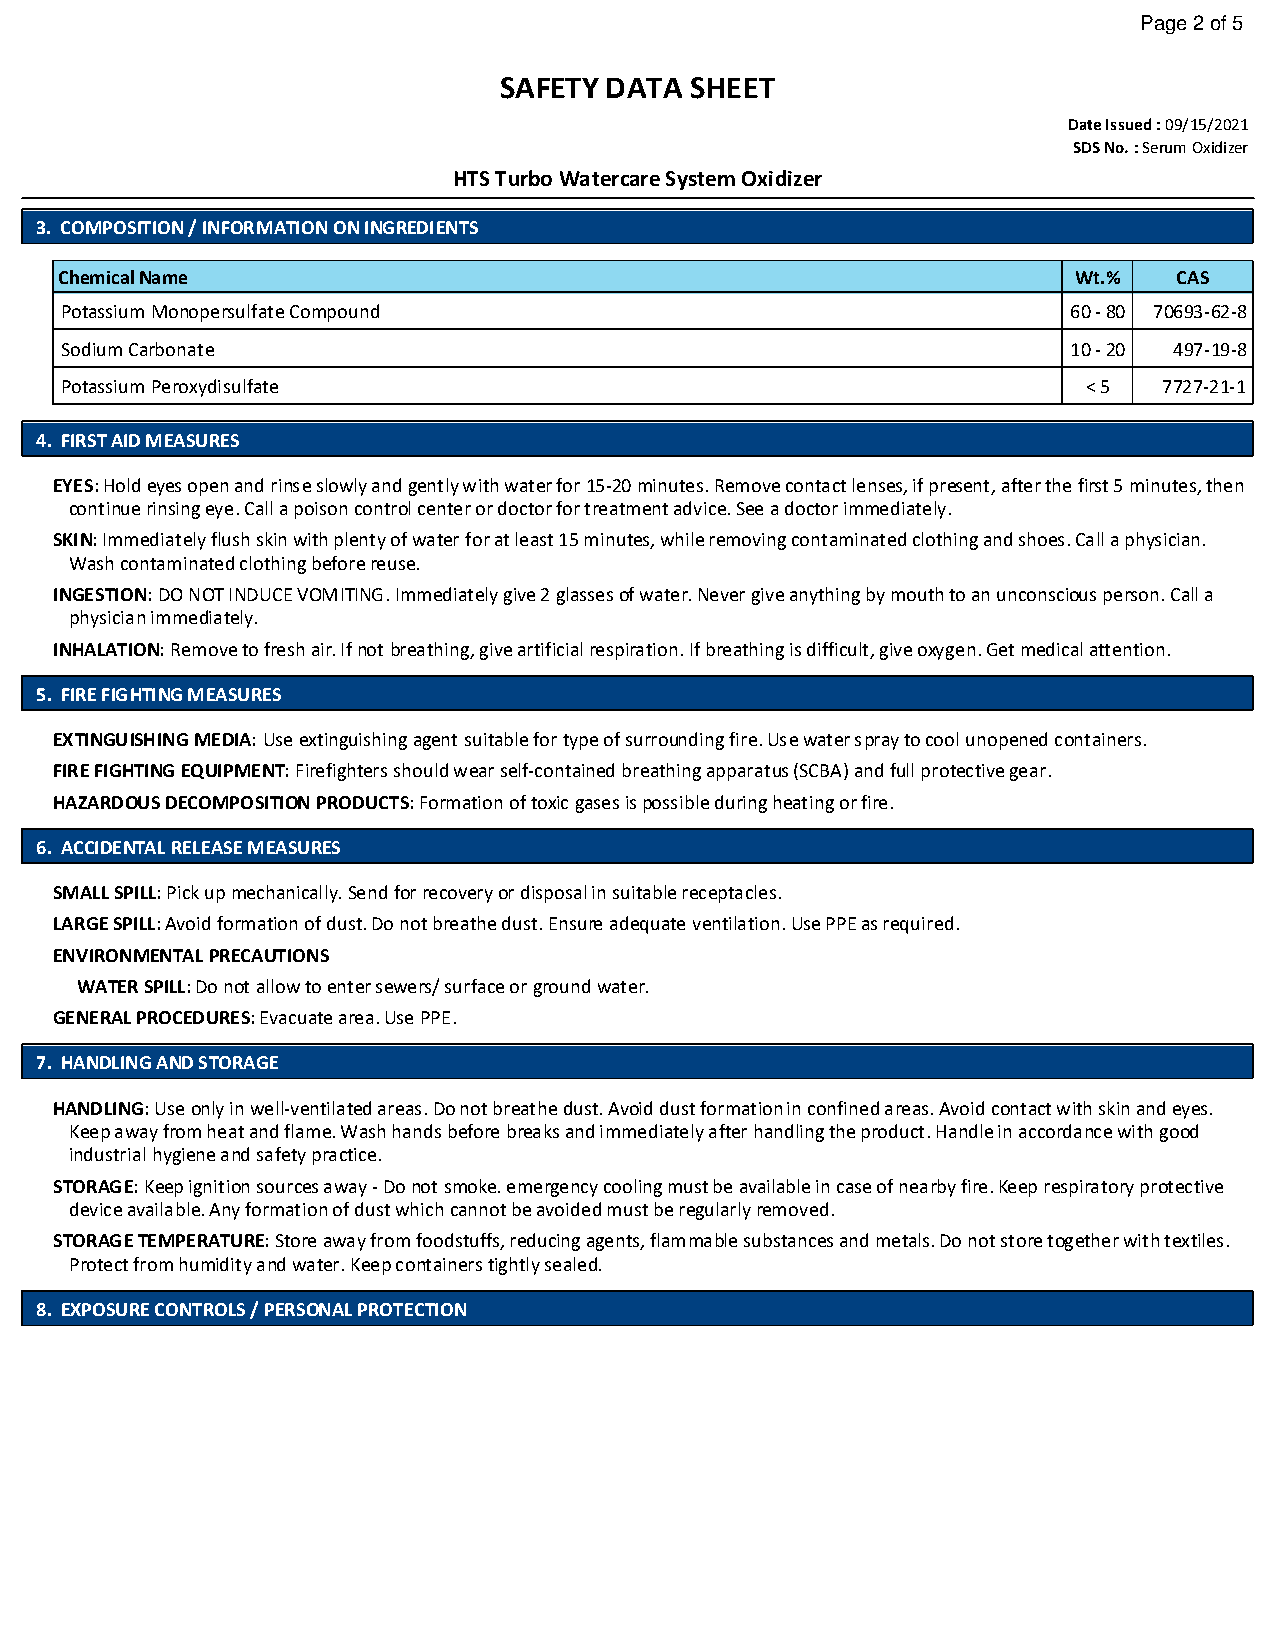
Page 2 of 5
 SAFETY DATA  SHEET
 Date Issued : 09/15/2021
 SDS No. : Serum Oxidizer
 HTS Turbo Watercare System Oxidizer
 3. COMPOSITION / INFORMATION ON INGREDIENTS
 Chemical Name                                                      Wt.%   CAS
 Potassium Monopersulfate Compound                                  60 - 80 70693-62-8
 Sodium Carbonate                                                   10 - 20 497-19-8
 Potassium Peroxydisulfate                                           < 5  7727-21-1
 4. FIRST AID MEASURES
 EYES: Hold eyes open and rinse slowly and gently with water for 15-20 minutes. Remove contact lenses, if present, after the first 5 minutes, then
 continue rinsing eye. Call a poison control center or doctor for treatment advice. See a doctor immediately.
 SKIN: Immediately flush skin with plenty of water for at least 15 minutes, while removing contaminated clothing and shoes. Call a physician.
 Wash contaminated clothing before reuse.
 INGESTION: DO NOT INDUCE VOMITING. Immediately give 2 glasses of water. Never give anything by mouth to an unconscious person. Call a
 physician immediately.
 INHALATION: Remove to fresh air. If not breathing, give artificial respiration. If breathing is difficult, give oxygen. Get medical attention.
 5. FIRE FIGHTING MEASURES
 EXTINGUISHING MEDIA: Use extinguishing agent suitable for type of surrounding fire. Use water spray to cool unopened containers.
 FIRE FIGHTING EQUIPMENT: Firefighters should wear self-contained breathing apparatus (SCBA) and full protective gear.
 HAZARDOUS DECOMPOSITION PRODUCTS: Formation of toxic gases is possible during heating or fire.
 6. ACCIDENTAL RELEASE MEASURES
 SMALL SPILL: Pick up mechanically. Send for recovery or disposal in suitable receptacles.
 LARGE SPILL: Avoid formation of dust. Do not breathe dust. Ensure adequate ventilation. Use PPE as required.
 ENVIRONMENTAL PRECAUTIONS
 WATER SPILL: Do not allow to enter sewers/ surface or ground water.
 GENERAL PROCEDURES: Evacuate area. Use PPE.
 7. HANDLING AND STORAGE
 HANDLING: Use only in well-ventilated areas. Do not breathe dust. Avoid dust formation in confined areas. Avoid contact with skin and eyes.
 Keep away from heat and flame. Wash hands before breaks and immediately after handling the product. Handle in accordance with good
 industrial hygiene and safety practice.
 STORAGE: Keep ignition sources away - Do not smoke. emergency cooling must be available in case of nearby fire. Keep respiratory protective
 device available. Any formation of dust which cannot be avoided must be regularly removed.
 STORAGE TEMPERATURE: Store away from foodstuffs, reducing agents, flammable substances and metals. Do not store together with textiles.
 Protect from humidity and water. Keep containers tightly sealed.
 8. EXPOSURE CONTROLS / PERSONAL PROTECTION